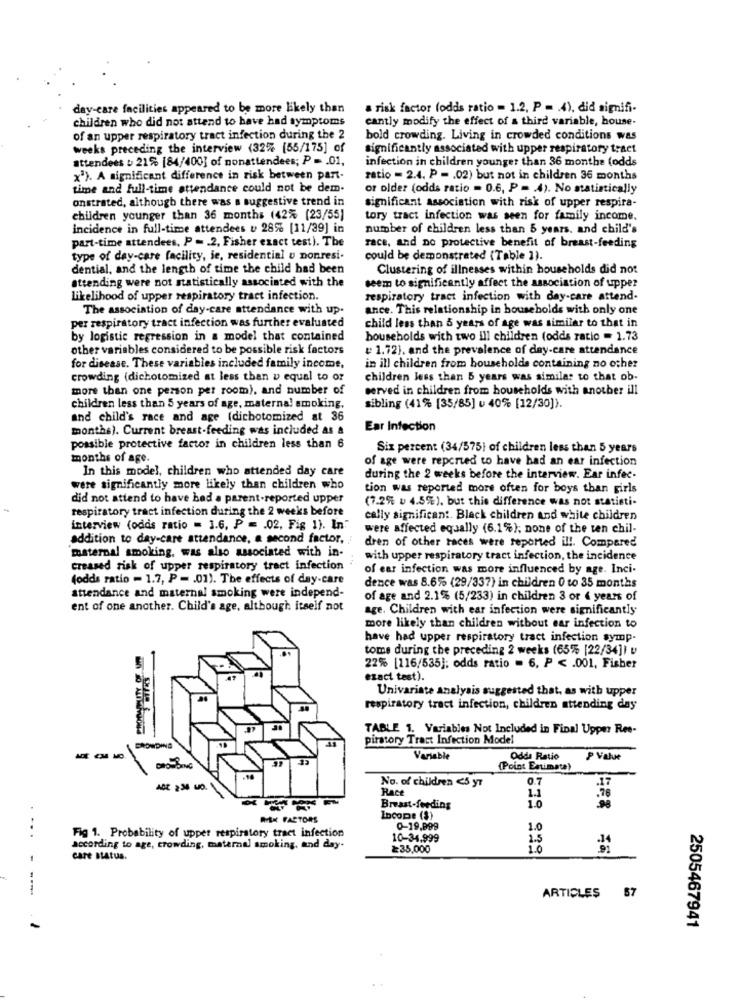
day-care facilities appeared to be more likely than
a risk factor (odds ratio = 1.2. P = . 4), did signifi-
children who did not attend to have had symptoms
cantly modify the effect of a third variable, house.
of an upper respiratory tract infection during the 2
bold crowding. Living in crowded conditions was
weeks preceding the interview (32% [55/175] of
significantly associated with upper respiratory tract
attendees b 21% [84/400] of nonattendees; P = . 01,
infection in children younger than 36 monthe (odds
x2). A significant difference in risk between part-
ratio - 2.4. P = . 02) but not in children 36 months
time and full-time attendance could not be dem.
or older (odds ratio = 0.6, P = 4). No statistically
onstrated, although there was a suggestive trend in
significant association with risk of upper respira-
children younger than 36 months (42% (23/55)
tory tract infection was seen for family income.
incidence in full-time attendees u 28% [11/39] in
number of children less than 5 years, and child's
part-time attendees. P = . 2. Fisher exact test). The
race, and no protective benefit of breast-feeding
type of day-care facility, je, residential u nonresi-
could be demonstrated (Table 1).
dential, and the length of time the child had been
Clustering of illnesses within households did not
attending were not statistically associated with the
seem to significantly affect the association of upper
likelihood of upper respiratory tract infection.
respiratory tract infection with day-care attend-
The association of day-care attendance with up-
ance. This relationship in households with only one
per respiratory tract infection was further evaluated
child less than 5 years of age was similar to that in
by logistic regression in a model that contained
households with two ill children (odds ratio = 1.73
other variables considered to be possible risk factors
= 1.72), and the prevalence of day-care attendance
for disease. These variables included family income,
in ill children from households containing no other
crowding (dichotomized at less than y equal to or
children less than 5 years was similar to that ob-
more than one person per room), and number of
served in children from households with another ill
children less than 5 years of age, materna! smoking,
sibling (41% [35/85] u 40% [12/30]).
and child's race and age (dichotomized at 36
months). Current breast-feeding was included as &
Ear Infection
possible protective factor in children less than 6
Six percent (34/575) of children less than 5 years
months of age.
of age were reported to have had an ear infection
In this model, children who attended day care
during the 2 weeks before the interview. Ear infec.
were significantly more likely than children who
tion was reported more often for boys than girls
did not attend to have had a parent-reported upper
(7.2% . 4.5%), but this difference was not statisti-
respiratory tract infection during the 2 weeks before
cally significant. Black children And white children
interview (odds ratio = 3.6, P = . 02. Fig 1). In"
were affected equally (6.1%); none of the ten chil-
addition to day-care attendance, a second factor,
dren of other races were reported il !. Compared
maternal smoking, was also associated with in-
with upper respiratory tract infection, the incidence
creased risk of upper respiratory tract infection
of ear infection was more influenced by age. Inci-
(odds ratio - 1.7, P = 01). The effects of day-care
attendance and maternal smoking were independ-
dence was 8.6% (29/337) in children 0 to 35 months
of age and 2.1% (5/233) in children 3 or 4 years of
ent of one another. Child's age, although itself not
age. Children with ear infection were significantly
more likely than children without ear infection to
have had upper respiratory tract infection symp.
tome during the preceding 2 weeks (65% [22/34]) v
22% [116/535]; odds ratio - 6, P < . 001, Fisher
exact test).
Univariate analysis suggested that, as with upper
respiratory tract infection, children attending day
TABLE 1. Variables Not Included in Final Upper Ree-
piratory Tract Infection Model
CROWDING
Variable
Odds Ratio
P Value
BROWSING
(Point Estimate)
No. of children <5 yr
0.7
.17
Race
1.1
.76
Breast-feeding
1.0
RISK FACTORS
Income ($)
0-19.999
1.0
....
Fig 1. Probability of upper respiratory tract infection
10-34.999
1.5
according to age, crowding, maternal smoking, and day-
≥35,000
1.0
care status.
57
- --
ARTICLES
2505467941